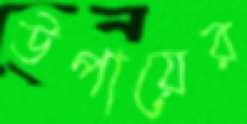
উপায়ের